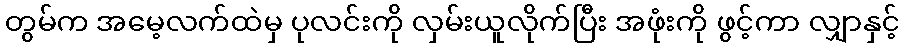
တွမ်က အမေ့လက်ထဲမှ ပုလင်းကို လှမ်းယူလိုက်ပြီး အဖုံးကို ဖွင့်ကာ လျှာနှင့်